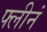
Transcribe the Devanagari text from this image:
फ्लीनं